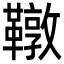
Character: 䪃